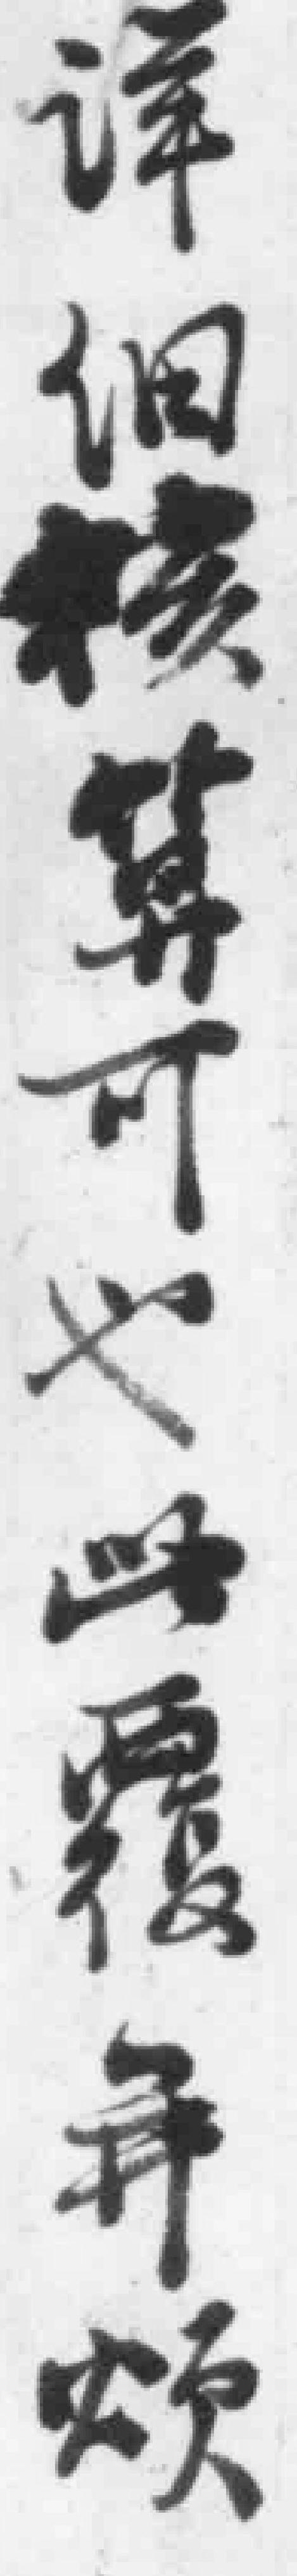
详细核算可也此覆并颂